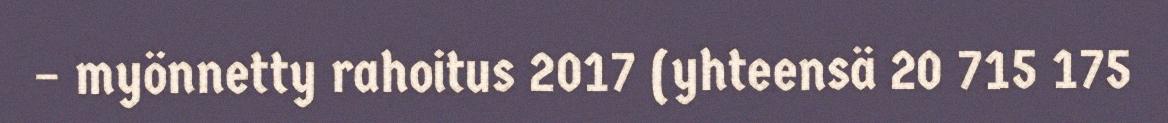
– myönnetty rahoitus 2017 (yhteensä 20 715 175